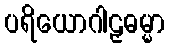
ပရိယောဂါဠှဓမ္မာ